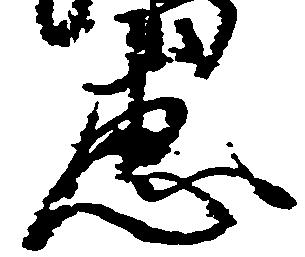
恵